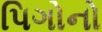
પિગોનો